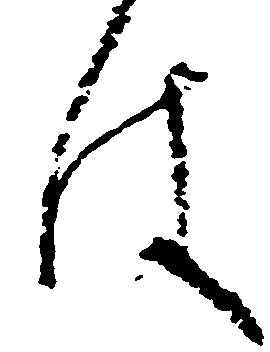
は